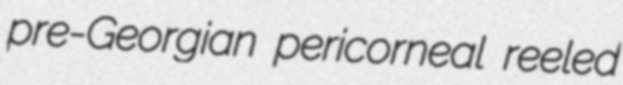
pre-Georgian pericorneal reeled